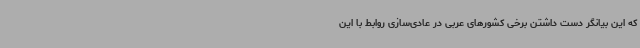
که این بیانگر دست داشتن برخی کشورهای عربی در عادی‌سازی روابط با این